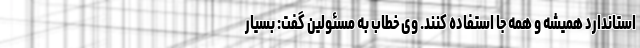
استاندارد همیشه و همه جا استفاده کنند. وی خطاب به مسئولین گفت: بسیار